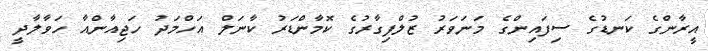
އީރާންގެ ކަނޑުގެ ސިފައިންގެ މަނަވަރު ޒުލްފިގާރުގެ ކޮމާންޑަރު ކާނަލް އަހްމަދު ހަޖިއާންއާ ހަވާލާދީ